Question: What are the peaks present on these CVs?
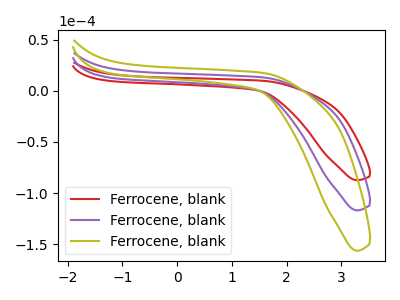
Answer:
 <answer>The red curve "Ferrocene, blank1" has no peaks. The purple curve "Ferrocene, blank2" has no peaks. The olive curve "Ferrocene, blank3" has no peaks.</answer>
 <eval></eval>